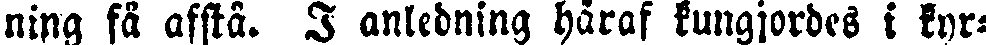
ning få afstå. I anledning häraf kungjordes i kyr-